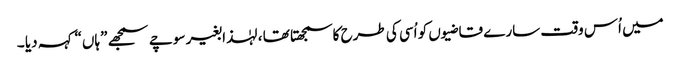
میں اُس وقت سارے قاضیوں کو اُسی کی طرح کاسمجھتا تھا ، لہٰذا بغیر سوچے سمجھے ”ہاں“ کہہ دیا ۔